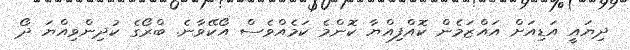
ދިޔައީ އަޑިއަށް އަައްޒަމެން ކޮއްފިއްޔާ ކޮންމެ ކަމެއްވެސް އޯކޭވާނެ. ބްރޯގެ ކުދިންވިއްޔަ ދޯ